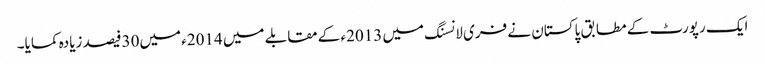
ایک رپورٹ کے مطابق پاکستان نے فری لانسنگ میں 2013ء کے مقابلے میں 2014ء میں30فیصد زیادہ کمایا۔